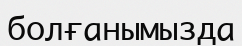
болғанымызда